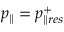
p _ { \parallel } = p _ { \parallel r e s } ^ { + }